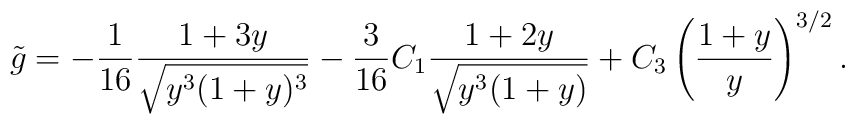
{\tilde g}= - \frac{1}{16} \frac{1 + 3 y}{\sqrt{y^3 (1 + y)^3}}- \frac{3}{16} C_1\frac{1 + 2y}{\sqrt{y^3(1+y)}}+ C_3 \left( \frac{1 + y}{y} \right)^{3/2} .